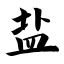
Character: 盐